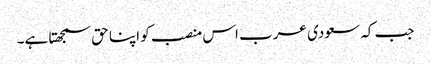
جب کہ سعودی عرب اس منصب کو اپنا حق سمجھتا ہے۔